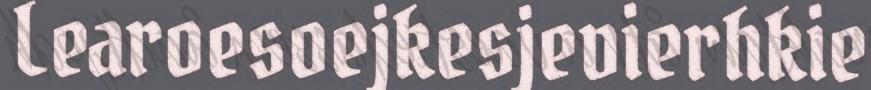
Learoesoejkesjevierhkie